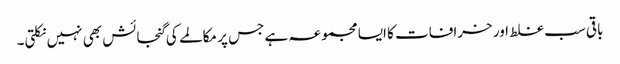
باقی سب غلط اور خرافات کا ایسا مجموعہ ہے جس پر مکالمے کی گنجائش بھی نہیں نکلتی۔